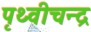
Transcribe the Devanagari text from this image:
पृथ्वीचन्द्र